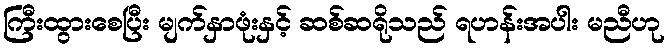
ကြီးထွားစေပြီး မျက်နှာဖုံးနှင့် ဆစ်ဆရိုသည် ရဟန်းအပါး မညီဟု